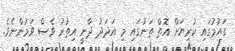
ގައުމުގައި ކުރިޔަށް އޮތް ތަނުގައި މި އަދަދު ދާނީ އިތުރު ވެސް ވަމުންނެވެ.